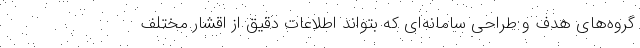
گروه‌های هدف و طراحی سامانه‌ای که بتواند اطلاعات دقیق از اقشار مختلف